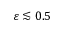
\varepsilon \lesssim 0 . 5